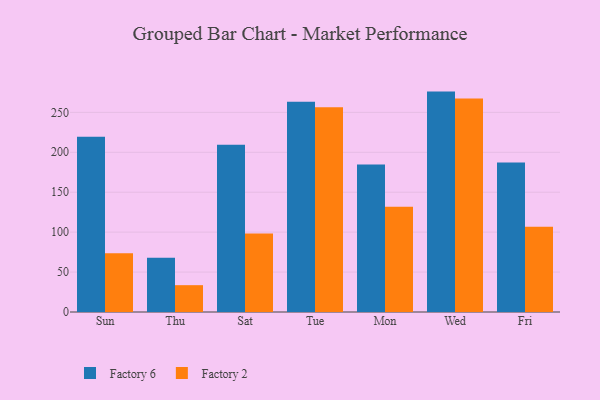
{"axis": {"x": "Day", "y": "Page Views"}, "legend": ["Factory 2", "Factory 6"], "data": [{"x": "Sun", "y": 219.5, "type": "Factory 6"}, {"x": "Sun", "y": 73.6, "type": "Factory 2"}, {"x": "Thu", "y": 67.8, "type": "Factory 6"}, {"x": "Thu", "y": 33.6, "type": "Factory 2"}, {"x": "Sat", "y": 209.5, "type": "Factory 6"}, {"x": "Sat", "y": 98.3, "type": "Factory 2"}, {"x": "Tue", "y": 263.4, "type": "Factory 6"}, {"x": "Tue", "y": 256.3, "type": "Factory 2"}, {"x": "Mon", "y": 184.6, "type": "Factory 6"}, {"x": "Mon", "y": 131.7, "type": "Factory 2"}, {"x": "Wed", "y": 276.0, "type": "Factory 6"}, {"x": "Wed", "y": 267.5, "type": "Factory 2"}, {"x": "Fri", "y": 187.2, "type": "Factory 6"}, {"x": "Fri", "y": 106.7, "type": "Factory 2"}]}